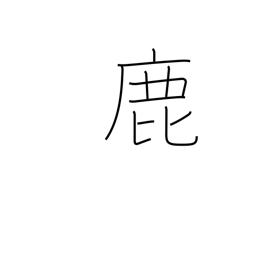
Meaning: deer